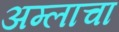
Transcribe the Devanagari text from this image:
अम्‍लाचा